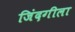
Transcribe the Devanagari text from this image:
जिंदगीला